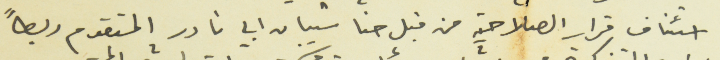
استئناف قرار الصلاحية من قبل حنا شيبان ابي نادر المتقدم ربطاً